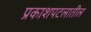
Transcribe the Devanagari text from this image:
प्रकाशपटलातील